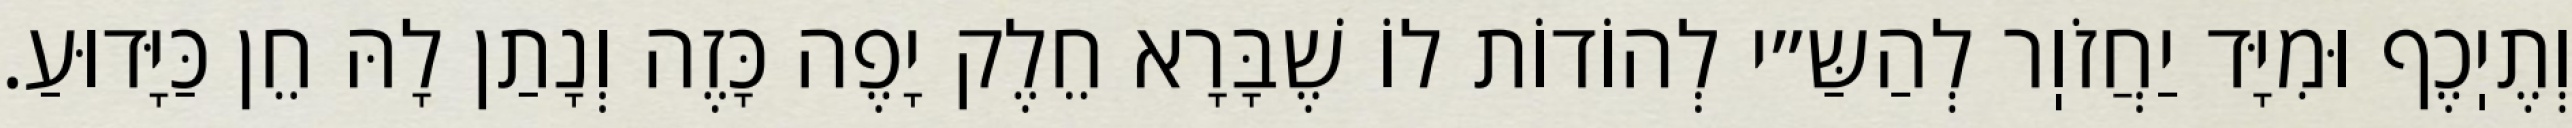
וְתֶיֽכֶף וּמִיָּד יַחֲזֹוֽר לְהַשַּ״י לְהוֹדוֹת לוֹ שֶׁבָּרָא חֵלֶק יָפֶה כָּזֶה וְנָתַן לָהּ חֵן כַּיָּדוּעַ.